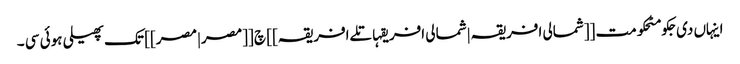
اینہاں دی جکومٹحکومت [[شمالی افریقہ|شمالی افریقہاتلےافریقہ]] چ [[مصر|مصر]] تک پھیلی ہوئی سی ۔